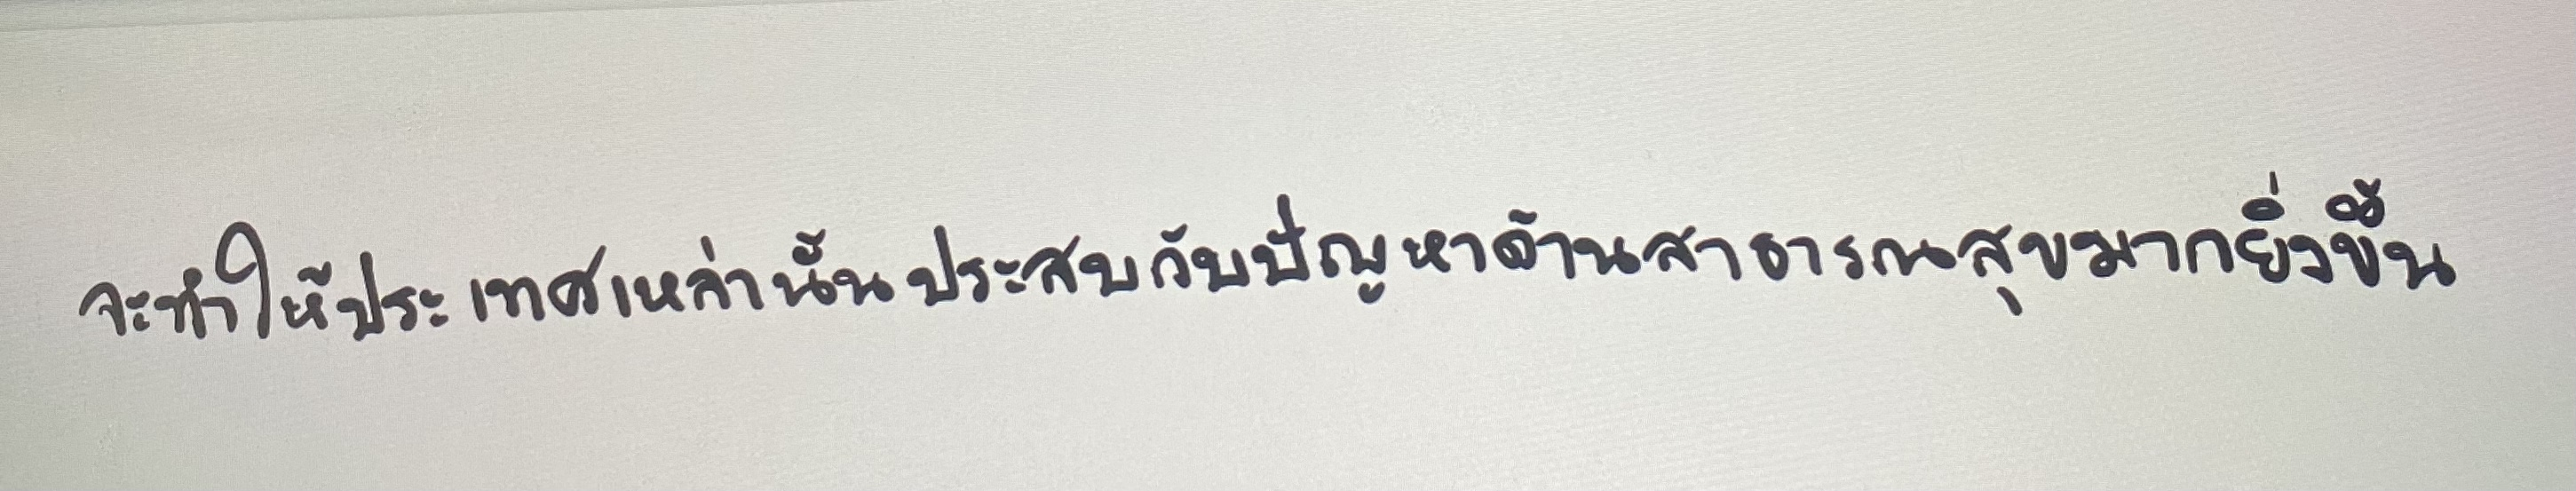
จะทำให้ประเทศเหล่านั้นประสบกับปัญหาด้านสาธารณสุขมากยิ่งขึ้น